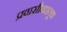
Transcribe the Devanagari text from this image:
प्रवासीवाहतूक